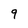
Character: 9